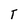
Character: t